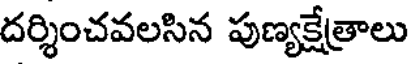
దర్శించవలసిన పుణ్యక్షేత్రాలు